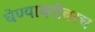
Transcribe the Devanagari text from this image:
घेण्याबरोबरच